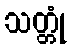
သတ္တုံ